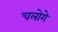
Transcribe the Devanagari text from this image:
चलोगे